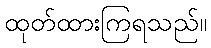
ထုတ်ထားကြရသည်။